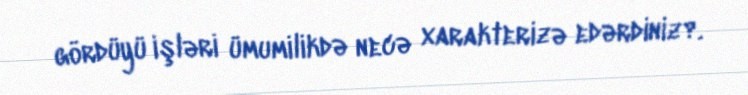
gördüyü işləri ümumilikdə necə xarakterizə edərdiniz?.